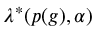
\lambda ^ { * } ( p ( g ) , \alpha )